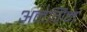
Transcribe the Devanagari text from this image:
अनेगिन